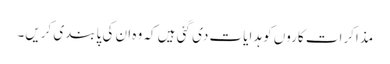
مذاکرات کاروں کو ہدایات دی گئی ہیں کہ وہ ان کی پابندی کریں۔